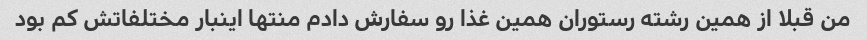
من قبلا از همین رشته رستوران همین غذا رو سفارش دادم منتها اینبار مختلفاتش کم بود